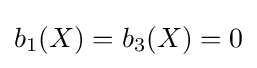
b_{1}(X)=b_{3}(X)=0